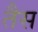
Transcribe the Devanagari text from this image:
तैस